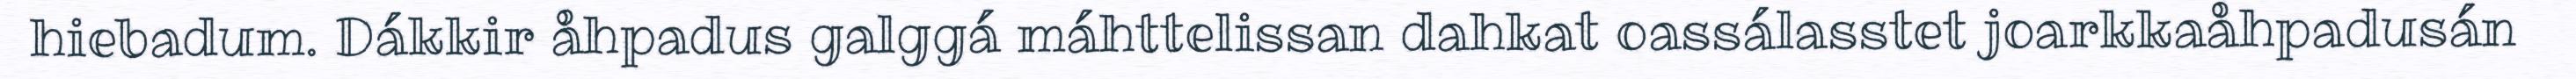
hiebadum. Dákkir åhpadus galggá máhttelissan dahkat oassálasstet joarkkaåhpadusán